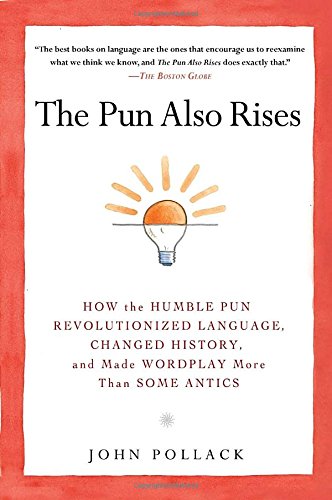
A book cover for The Pun Also Rises: How the Humble Pun Revolutionized Language, Changed History, and Made Wordplay More Than Some Antics; John Pollack; Humor & Entertainment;